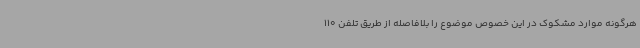
هرگونه موارد مشکوک در این خصوص موضوع را بلافاصله از طریق تلفن 110